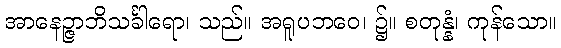
အာနေဉ္ဇာဘိသင်္ခါရော၊ သည်။ အရူပဘဝေ၊ ၌။ စတုန္နံ၊ ကုန်သော။